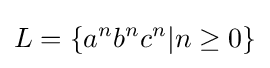
L=\{a^{n}b^{n}c^{n}|n\geq 0\}